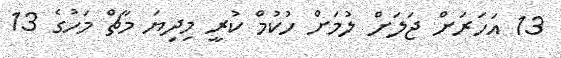
13 އަހަރަށް ޖަލަށް ލުމަށް ހުކުމް ކުރީ މިދިޔަ މާޗް މަހުގެ 13